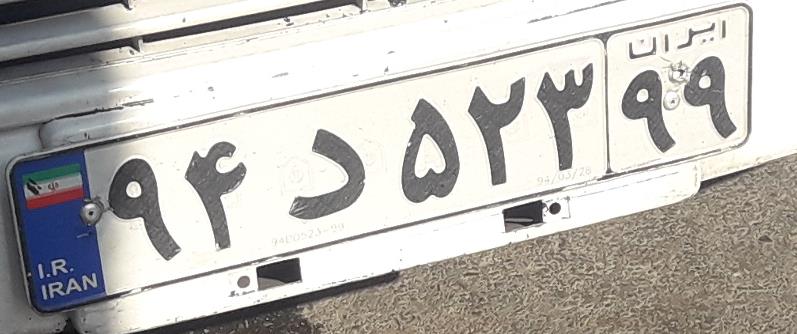
۹۴د۵۲۳۹۹